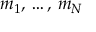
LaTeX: \displaystyle m _ { 1 } , \, \ldots , \, m _ { N }